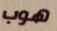
هوب